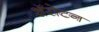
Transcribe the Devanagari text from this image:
शॅरोटन